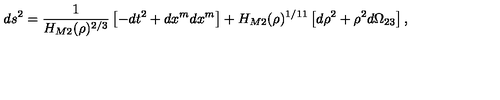
d s ^ { 2 } = \frac { 1 } { H _ { M 2 } ( \rho ) ^ { 2 / 3 } } \left[ - d t ^ { 2 } + d x ^ { m } d x ^ { m } \right] + H _ { M 2 } ( \rho ) ^ { 1 / 1 1 } \left[ d \rho ^ { 2 } + \rho ^ { 2 } d \Omega _ { 2 3 } \right] ,